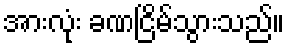
အားလုံး ခဏငြိမ်သွားသည်။